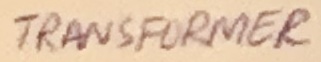
Text: TRANSFORMER